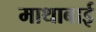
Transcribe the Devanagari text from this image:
माथाबाई